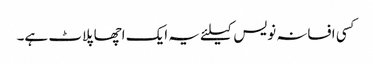
کسی افسانہ نویس کیلئے یہ ایک اچھا پلاٹ ہے۔